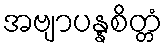
အဗျာပန္နစိတ္တံ